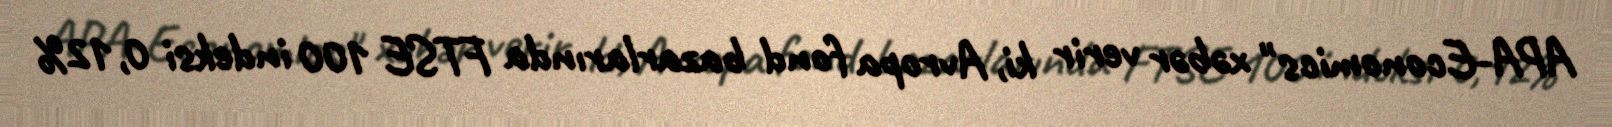
APA-Economics" xəbər verir ki, Avropa fond bazarlarında FTSE 100 indeksi 0,12%